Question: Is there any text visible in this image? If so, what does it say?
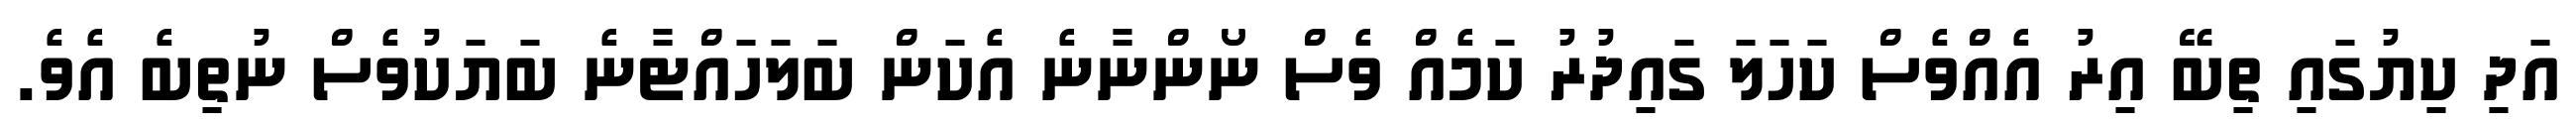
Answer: އަދި ކިޔުގައި ތިބޭ އިރު އެއްވެސް ކަހަލަ ގައިދުރު ކަމެއް ވެސް ނޯންނާނެ އެކަން ބަލަހައްޓާނެ ބަޔަކުވެސް ނުތިބެ އެވެ.